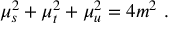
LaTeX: \mu _ { s } ^ { 2 } + \mu _ { t } ^ { 2 } + \mu _ { u } ^ { 2 } = 4 m ^ { 2 } \ .